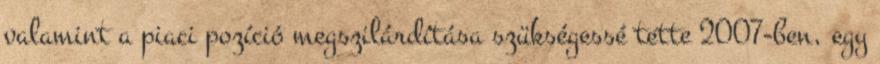
valamint a piaci pozíció megszilárdítása szükségessé tette 2007-ben, egy